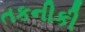
તકનીકી